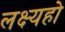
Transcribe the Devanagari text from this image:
लक्ष्यहो